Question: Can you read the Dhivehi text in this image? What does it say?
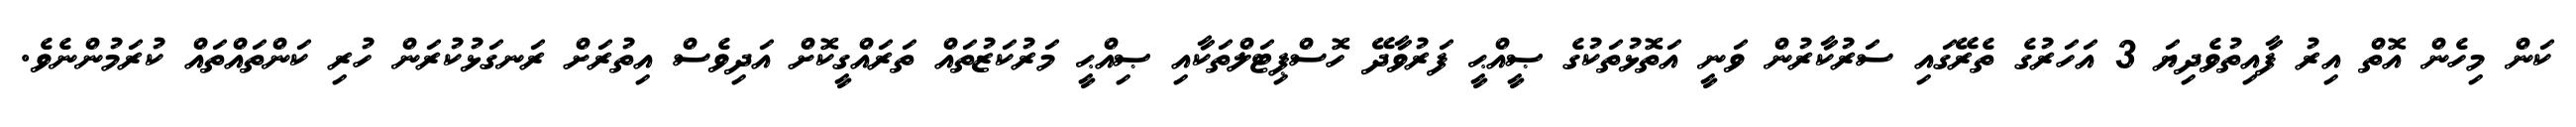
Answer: ކަން މިހެން އޮތް އިރު ފާއިތުވެދިޔަ 3 އަހަރުގެ ތެރޭގައި ސަރުކާރުން ވަނީ އަތޮޅުތަކުގެ ޞީއްޙީ ފަރުވާދޭ ހޮސްޕިޓަލްތަކާއި ޞިއްޙީ މަރުކަޒުތައް ތަރައްގީކޮށް އަދިވެސް އިތުރަށް ރަނގަޅުކުރަން ހުރި ކަންތައްތައް ކުރަމުންނެވެ.